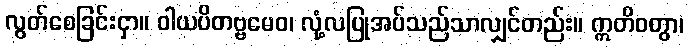
လွတ်စေခြင်းငှာ။ ဝါယပိတဗ္ဗမေဝ၊ လုံ့လပြုအပ်သည်သာလျှင်တည်း။ ဣတိဝတွာ၊